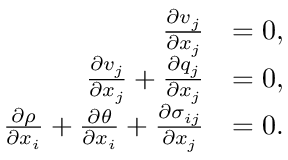
\begin{array} { r l } { \frac { \partial v _ { j } } { \partial x _ { j } } } & { = 0 , } \\ { \frac { \partial v _ { j } } { \partial x _ { j } } + \frac { \partial q _ { j } } { \partial x _ { j } } } & { = 0 , } \\ { \frac { \partial \rho } { \partial x _ { i } } + \frac { \partial \theta } { \partial x _ { i } } + \frac { \partial \sigma _ { i j } } { \partial x _ { j } } } & { = 0 . } \end{array}